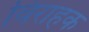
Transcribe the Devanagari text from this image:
विराहक